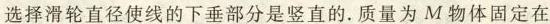
选择滑轮直径使线的下垂部分是竖直的. 质量为M物体固定在